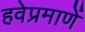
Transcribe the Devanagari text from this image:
हवेप्रमाणें